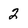
Character: 2